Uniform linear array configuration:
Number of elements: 4
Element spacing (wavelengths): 0.5
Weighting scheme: uniform
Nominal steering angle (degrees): -45
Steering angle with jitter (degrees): -46.968
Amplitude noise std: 0.05
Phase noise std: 0.05

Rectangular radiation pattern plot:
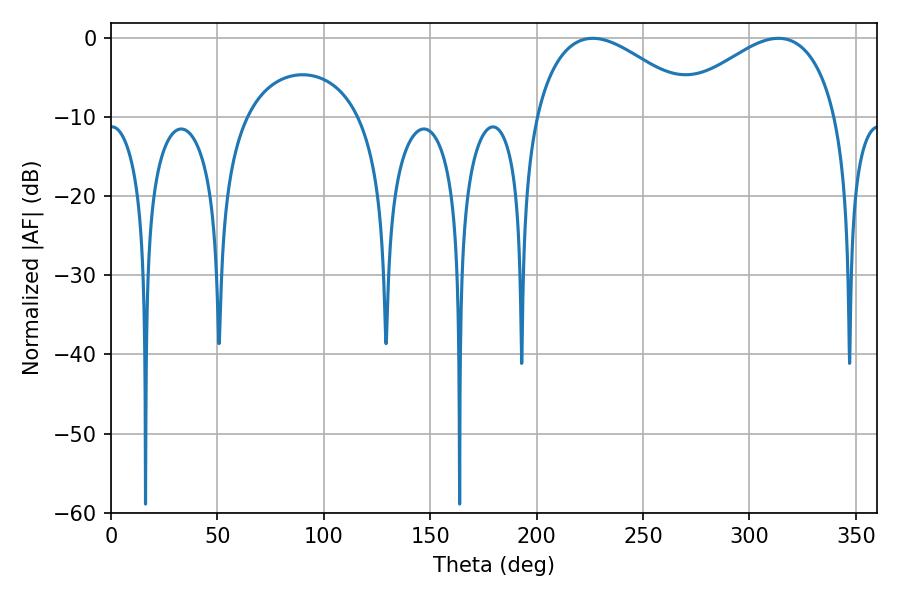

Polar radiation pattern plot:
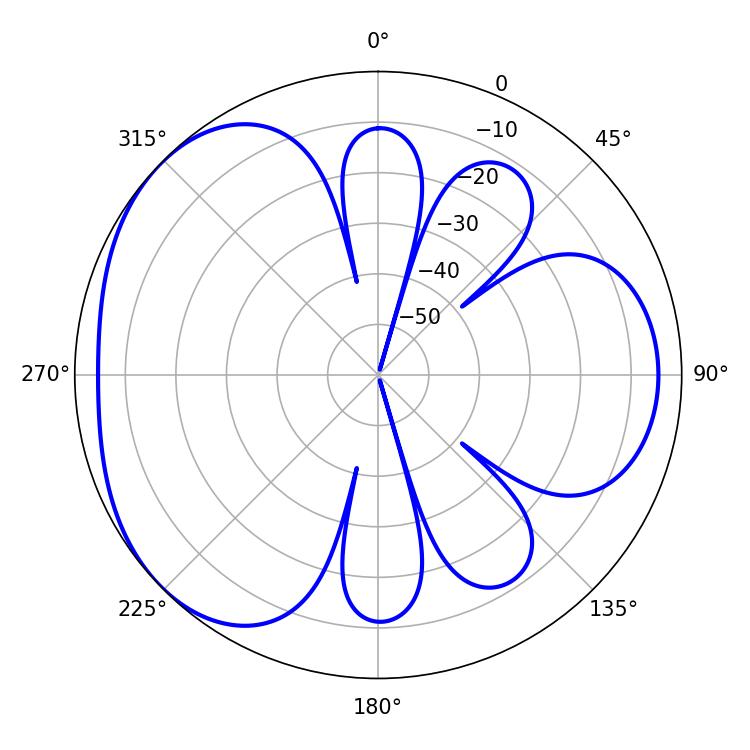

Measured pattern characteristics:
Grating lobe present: FALSE
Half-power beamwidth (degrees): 42.12
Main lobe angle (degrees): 226.44